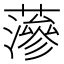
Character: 𮒌